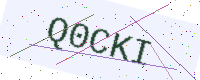
Text: Q0CKI